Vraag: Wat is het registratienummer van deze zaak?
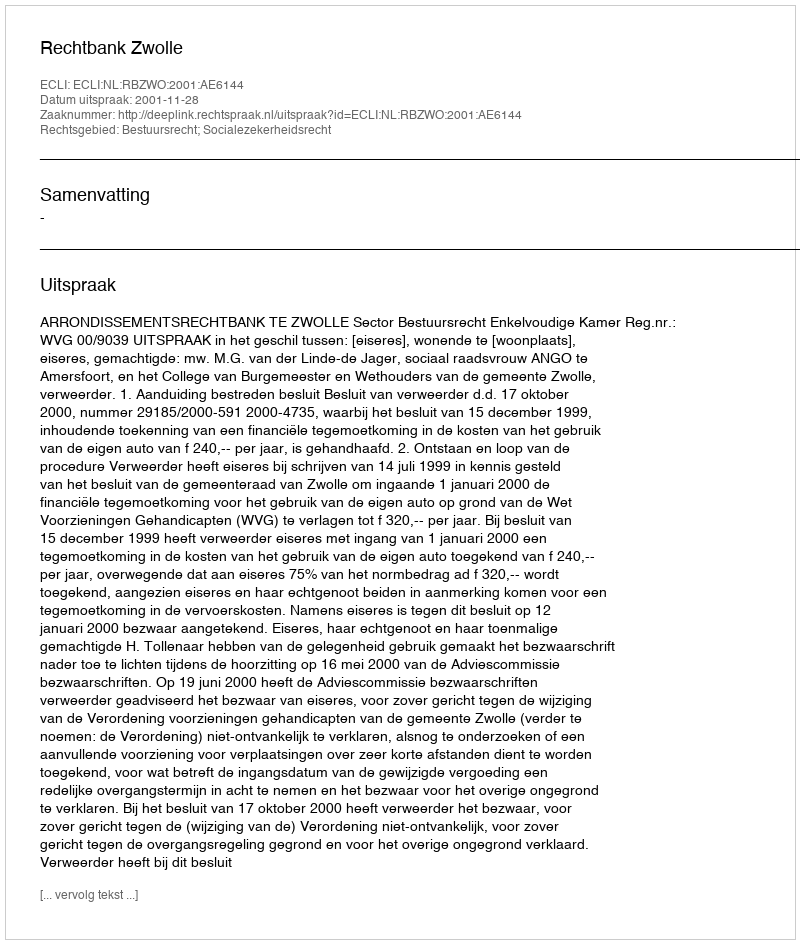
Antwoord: http://deeplink.rechtspraak.nl/uitspraak?id=ECLI:NL:RBZWO:2001:AE6144